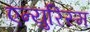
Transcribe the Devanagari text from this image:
एन्युरिस्म